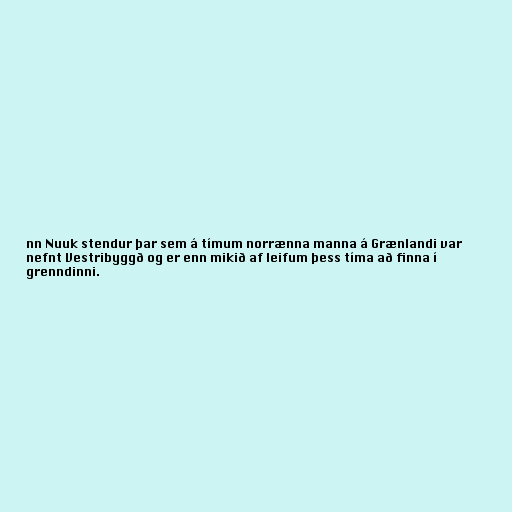
nn Nuuk stendur þar sem á tímum norrænna manna á Grænlandi var
nefnt Vestribyggð og er enn mikið af leifum þess tíma að finna í
grenndinni.